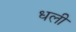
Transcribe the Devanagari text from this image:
धली